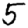
Digit: 5